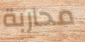
محاربة